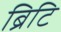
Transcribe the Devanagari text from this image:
ब्रिटि